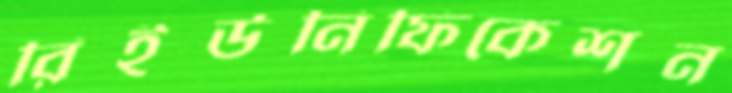
রিইউনিফিকেশন